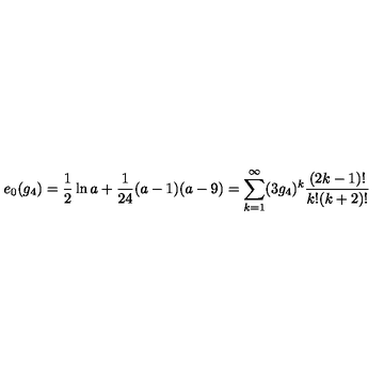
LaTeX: e _ { 0 } ( g _ { 4 } ) = \frac { 1 } { 2 } \ln a + \frac { 1 } { 2 4 } ( a - 1 ) ( a - 9 ) = \sum _ { k = 1 } ^ { \infty } ( 3 g _ { 4 } ) ^ { k } \frac { ( 2 k - 1 ) ! } { k ! ( k + 2 ) ! }